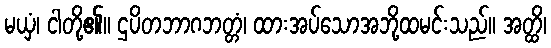
မယှံ၊ ငါတို့၏။ ဌပိတဘာဂဘတ္တံ၊ ထားအပ်သောအဘို့ထမင်းသည်။ အတ္ထိ၊